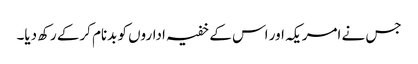
جس نے امریکہ اور اس کے خفیہ اداروں کو بدنام کرکے رکھ دیا۔